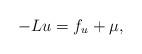
LaTeX: \begin{align*} -Lu=f_u+\mu,\end{align*}